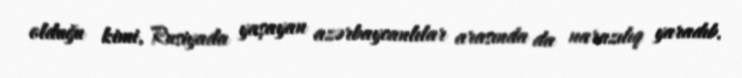
olduğu kimi, Rusiyada yaşayan azərbaycanlılar arasında da narazılıq yaradıb.